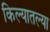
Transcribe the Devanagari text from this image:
किल्यातल्या